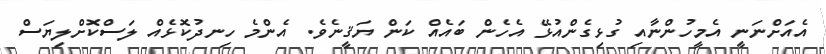
އެއަށްނަނީ އެމީހުންނާއި ގުޅިގެންއުޅޭ އެހެން ބައެއް ކަން ޔަޤީނެވެ. އެންމެ ހިނދުކޮޅެއް ލަސްކޮށްލިޔަސް